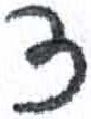
אות: צ